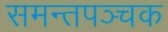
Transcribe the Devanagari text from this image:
समन्तपञ्चक